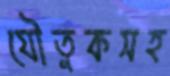
যৌতুকসহ